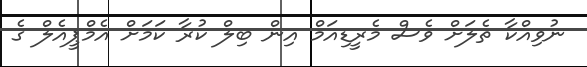
ނުވިއްކާ ތެލަށް ވެސް މެރީޑިއަމް އިން ބިލް ކުރާ ކަމަށް އެމްޕީއެލް ގެ